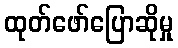
ထုတ်ဖော်ပြောဆိုမှု